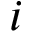
i